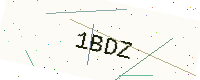
Text: 1BDZ